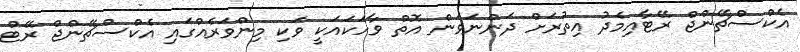
އެކްސްޗޭންޖް ރޭޓާއިމެދު އިތުރަށް ދަންނަވަން އޮތް ވާހަކައަކީ ވަކި މިންވަރެއްގައި އެކްސްޗޭންޖް ރޭޓް